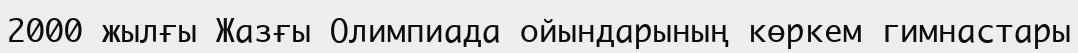
2000 жылғы Жазғы Олимпиада ойындарының көркем гимнастары